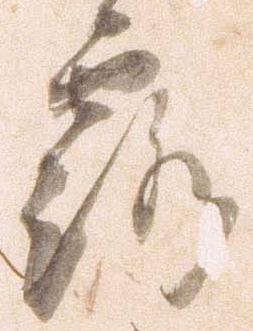
露